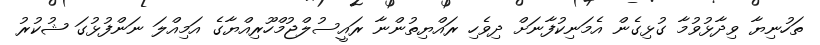
ތަހުނިޔާ ވިދާޅުވުމާ ގުޅިގެން އެމަނިކުފާނަށް ދިވެހި ރައްޔިތުންނާ ރައީސުލްޖުމްހޫރިއްޔާގެ އަމިއްލަ ނަންފުޅުގަ ޝުކުރު